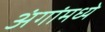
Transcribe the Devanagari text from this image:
अंगांमध्ये